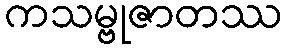
ကသမ္ဗုဇာတဿ